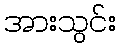
အားသွင်း